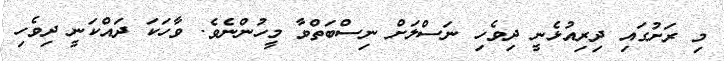
މި ރަށުގައި ދިރިއުޅެނީ ދިވެހި ނަސްލަށް ނިސްބަތްވާ މީހުންނެވެ. ވާހަކަ ދައްކަނީ ދިވެހި